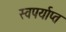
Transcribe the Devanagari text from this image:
स्वपर्याप्त